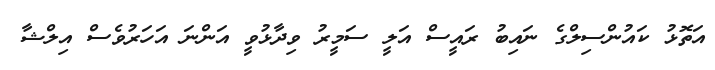
އަތޮޅު ކައުންސިލްގެ ނައިބު ރައީސް އަލީ ސަމީރު ވިދާޅުވީ އަންނަ އަހަރުވެސް އިލްޝާ